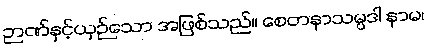
ဉာဏ်နှင့်ယှဉ်သော အဖြစ်သည်။ စေတနာသမ္ပဒါ နာမ၊